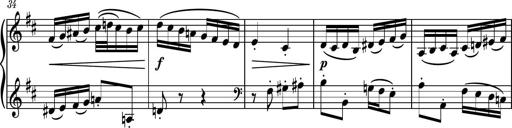
Title: Piano Sonatina No.4
Composer: Dimitri Sykias
Key: D major